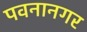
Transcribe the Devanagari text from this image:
पवनानगर